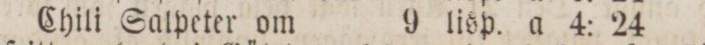
Chili Salpeter om    9 lisp. a 4: 24 „